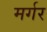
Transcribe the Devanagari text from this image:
मर्गर